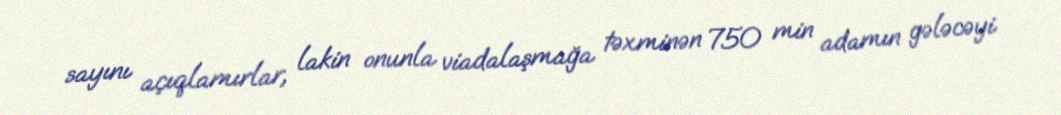
sayını açıqlamırlar, lakin onunla viadalaşmağa təxminən 750 min adamın gələcəyi